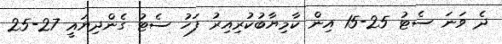
ދެ ވަނަ ސެޓު 25-15 އިން ކާމިޔާބުކުރިއިރު ފަހު ސެޓު ގެންދިޔައީ 27-25